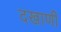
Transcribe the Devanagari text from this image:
दखाणी